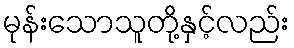
မုန်းသောသူတို့နှင့်လည်း